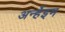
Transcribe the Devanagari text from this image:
अर्न्हेइम